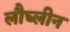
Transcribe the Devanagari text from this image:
लौघ्लीन